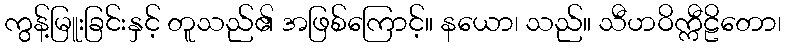
ကွန့်မြူးခြင်းနှင့် တူသည်၏ အဖြစ်ကြောင့်။ နယော၊ သည်။ သီဟဝိက္ကီဠိတော၊